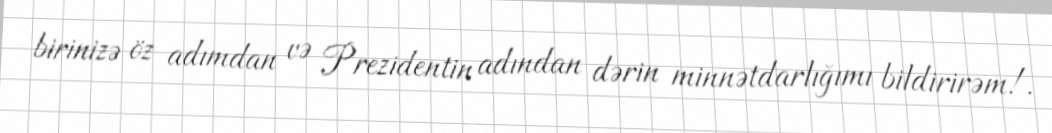
birinizə öz adımdan və Prezidentin adından dərin minnətdarlığımı bildirirəm!.